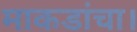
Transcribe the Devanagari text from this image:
माकडांचा।